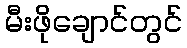
မီးဖိုချောင်တွင်